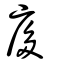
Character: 㢁